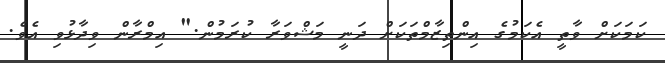
ކަމަކަށް ވާތީ އެކަމުގެ އިންތިޒާމްތަކަށް ދަނީ މަޝްވަރާ ކުރަމުން." އިމްރާން ވިދާޅުވި އެވެ.